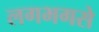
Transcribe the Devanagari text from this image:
लगभगसे